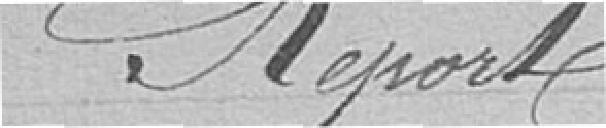
Report